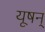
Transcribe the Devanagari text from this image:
यूषन्